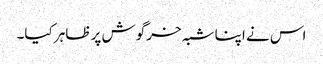
اس نے اپنا شبہ خرگوش پر ظاہر کیا۔